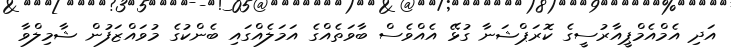
އަދި އެމްއެމްޕީއާރުސީގެ ކޮރަޕްޝަނާ ގުޅޭ އެއްވެސް ބާވަތެއްގެ އަމަލެއްގައި ބެންކުގެ މުވައްޒަފުން ޝާމިލްވާ